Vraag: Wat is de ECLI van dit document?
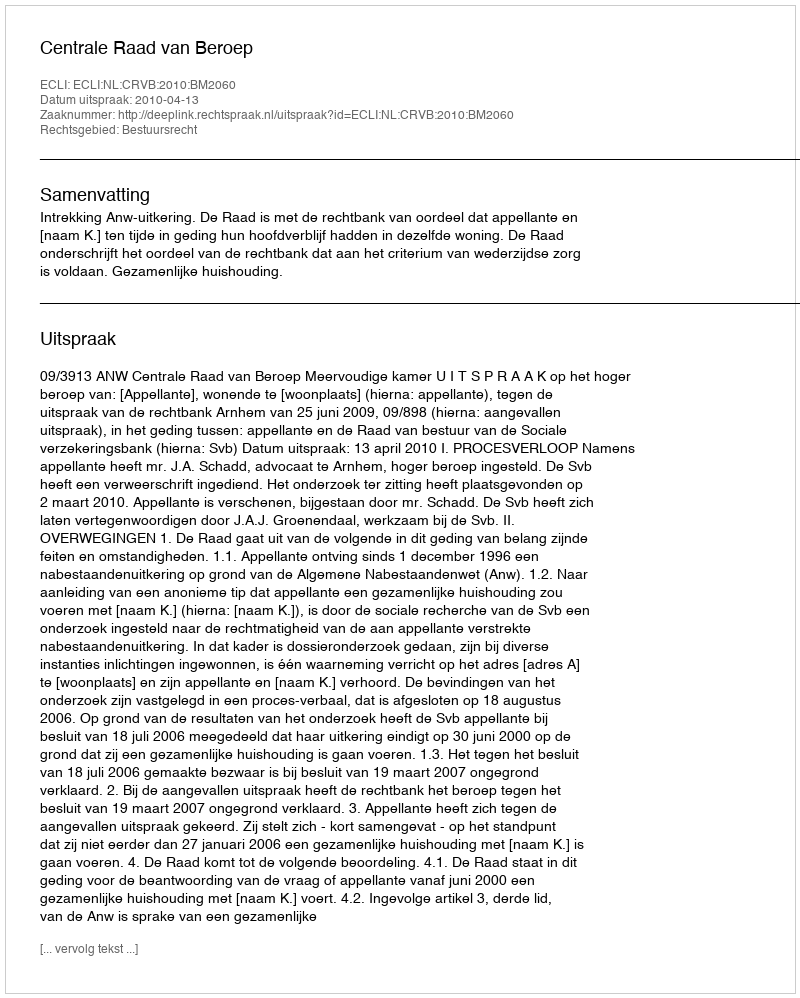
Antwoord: ECLI:NL:CRVB:2010:BM2060